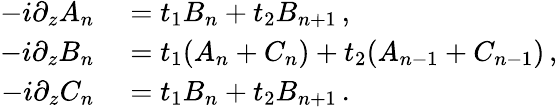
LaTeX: \begin{array}{rl}{-i\partial_{z}A_{n}}&{{}=t_{1}B_{n}+t_{2}B_{n+1}\, ,}\\ {-i\partial_{z}B_{n}}&{{}=t_{1}(A_{n}+C_{n})+t_{2}(A_{n-1}+C_{n-1})\, ,}\\ {-i\partial_{z}C_{n}}&{{}=t_{1}B_{n}+t_{2}B_{n+1}\, .}\end{array}